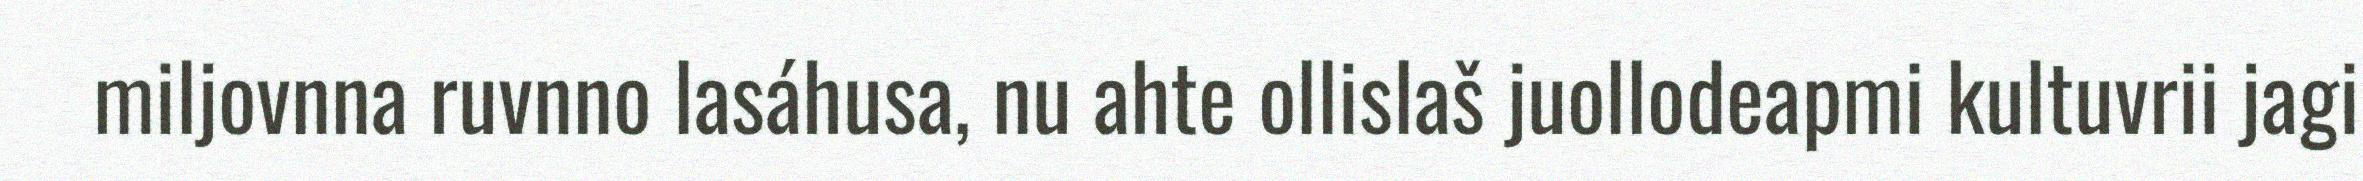
miljovnna ruvnno lasáhusa, nu ahte ollislaš juollodeapmi kultuvrii jagi